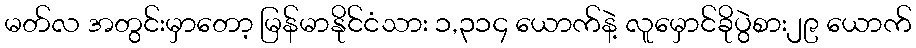
မတ်လ အတွင်းမှာတော့ မြန်မာနိုင်ငံသား ၁,၃၁၄ ယောက်နဲ့ လူမှောင်ခိုပွဲစား၂၉ ယောက်